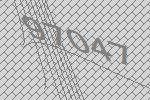
97047